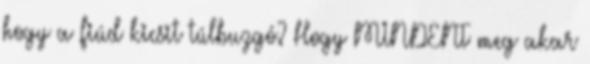
hogy a fiúd kicsit túlbuzgó? Hogy MINDENT meg akar